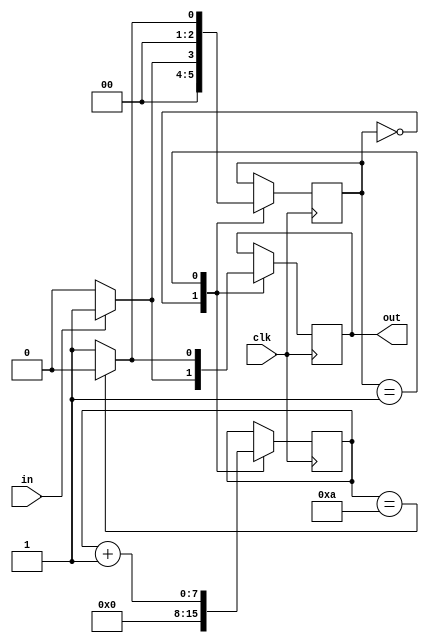
`timescale 1ns / 1ps
//////////////////////////////////////////////////////////////////////////////////
// Company: 
// Engineer: 
// 
// Design Name: 
// Module Name: pulse_scaler
// Project Name: 
// Target Devices: 
// Tool Versions: 
// Description: 
// 
// Dependencies: 
// 
// Revision:
// Revision 0.01 - File Created
// Additional Comments:
// 
//////////////////////////////////////////////////////////////////////////////////


module pulse_scaler #(parameter SCALE=10)(
    input clk,
    input in,
    output reg out
    );
    
    reg [7:0] counter;
    reg [2:0] state;
    localparam START=3'd0, HIGH=3'd1;
    
    always@(posedge clk) begin
        case(state)
            START: begin
                counter <= 8'd0;
                if (in) begin
                    state <= HIGH;
                    out <= 1'b1;
                end else begin
                    state <= START;
                    out <= 1'b0;
                end
            end
            HIGH: begin
                out <= 1'b1;
                counter <= counter + 1;
                if (counter == SCALE) begin
                    state <= START;
                    out <= 1'b0;
                end else begin
                    state <= HIGH;
                    out <= 1'b1;
                end
            end
        endcase
    end
endmodule